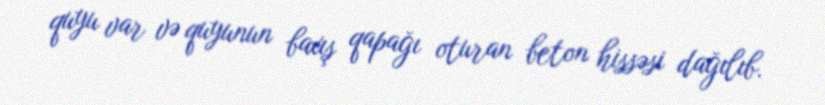
quyu var və quyunun baxış qapağı oturan beton hissəsi dağılıb.